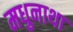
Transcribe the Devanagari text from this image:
मधुनाथा